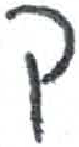
אות: ק